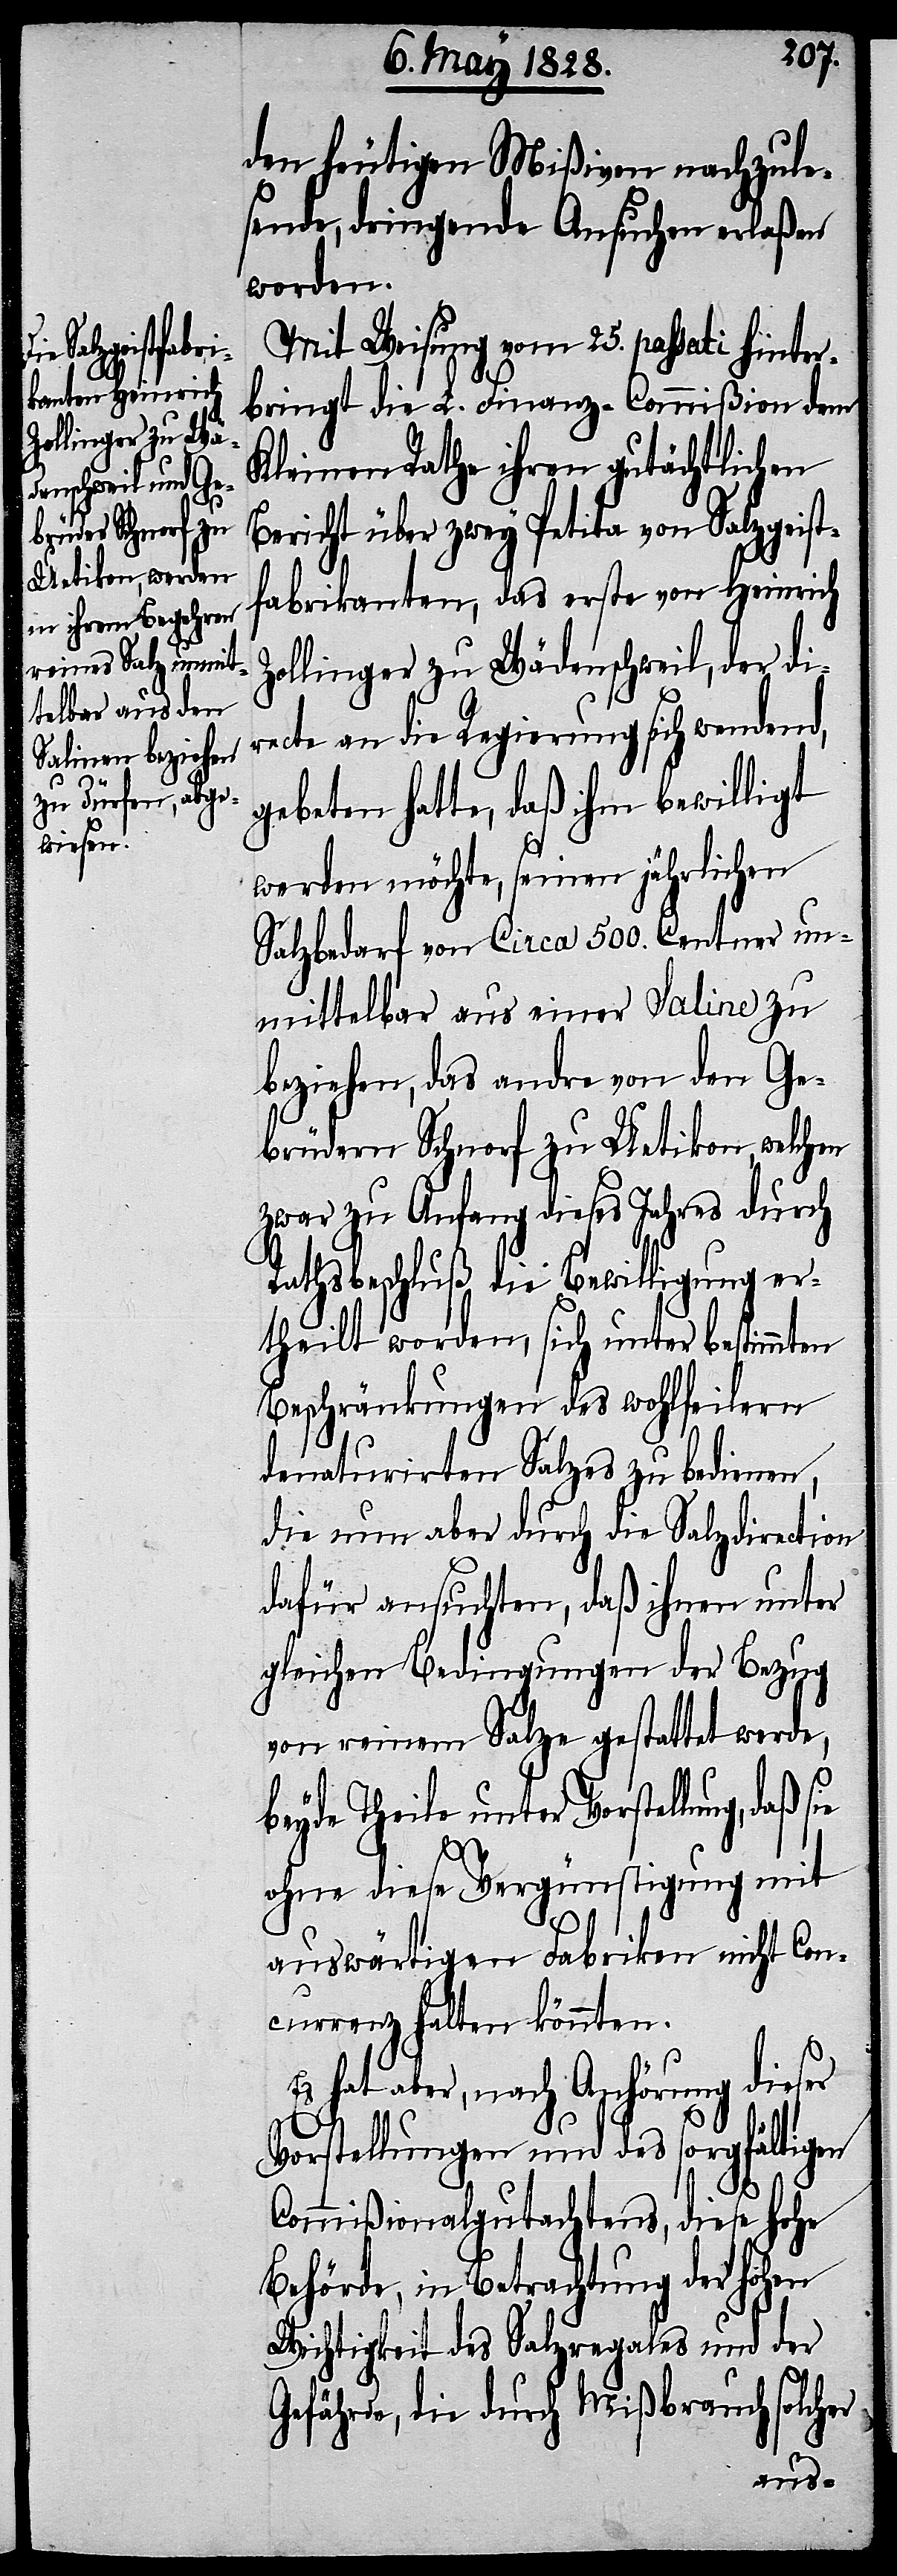
den heutigen Mißiven nachzule¬
sende, dringende Ansuchen erlaßen
worden.
Mit Weisung vom 25. passati hinter¬
bringt die L. Finanz-Commißion dem
Kleinen Rathe ihren gutächtlichen
Bericht über zwey Petita von Salzgeist¬
fabrikanten, das erste von Heinrich
Zollinger zu Wädenschweil, der di¬
recte an die Regierung sich wendend,
gebeten hatte, daß ihm bewilligt
werden möchte, seinen jährlichen
Salzbedarf von Circa 500. Centner un¬
mittelbar aus einer Saline zu
beziehen, das andre von den Ge¬
brüdern Schnorf zu Uetikon, welchen
zwar zu Anfang dieses Jahres durch
Rathsbeschluß die Bewilligung er¬
theilt worden, sich unter bestimmten
Beschränkungen des wohlfeilern
denaturirten Salzes zu bedienen,
die nun aber durch die Salzdirection
dafür ansuchten, daß ihnen unter
gleichen Bedingungen der Bezug
von reinem Salze gestattet werde,
beyde Theile unter Vorstellung, daß
sie
ohne diese Vergünstigung mit
auswärtigen Fabriken nicht Con¬
currenz halten könnten.
Es hat aber, nach Anhörung dieser
Vorstellungen und des sorgfältigen
Commißionalgutachtens, diese hohe
Behörde, in Betrachtung der hohen
Wichtigkeit des Salzregales und der
Gefährde, die durch Mißbrauch solcher